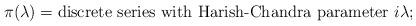
LaTeX: \begin{align*} \pi(\lambda) = \text{discrete series with Harish-Chandra parameter $i\lambda$;}\end{align*}